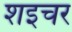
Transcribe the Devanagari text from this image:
शइचर